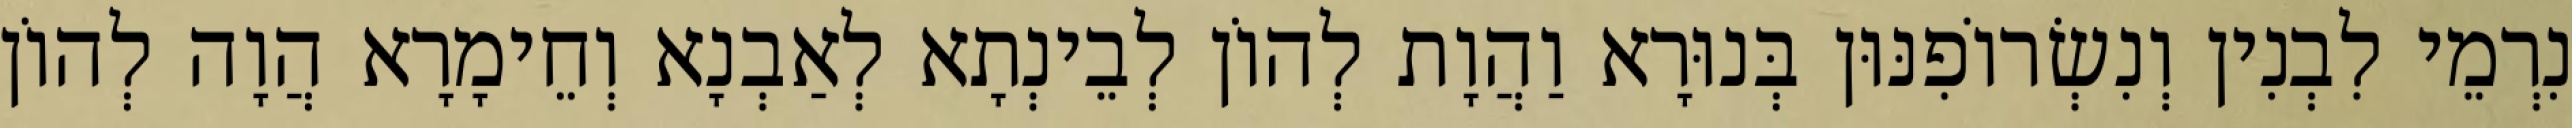
נִרְמֵי לִבְנִין וְנִשְׂרוֹפִנּוּן בְּנוּרָא וַהֲוָת לְהוֹן לְבֵינְתָא לְאַבְנָא וְחֵימָרָא הֲוָה לְהוֹן